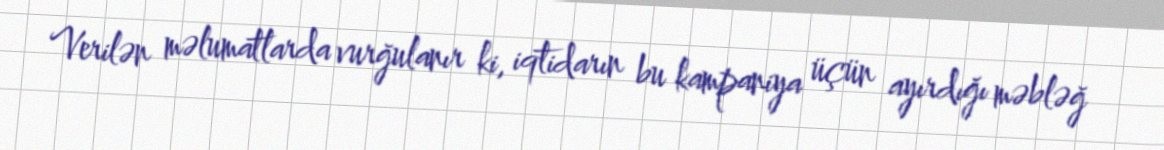
Verilən məlumatlarda vurğulanır ki, iqtidarın bu kampaniya üçün ayırdığı məbləğ